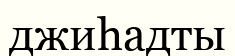
джиһадты